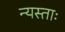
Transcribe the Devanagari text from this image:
न्यस्ताः